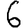
Digit: 6